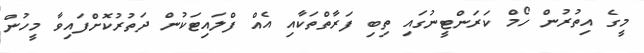
މީގެ އިތުރުން ހޯމް ކަރަންޓީނުގައި ތިބި ފަރާތްތަކާއި އެއް ފްލައިޓަކުން ދަތުރުކޮށްފައިވާ މީހުން